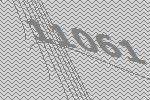
11061